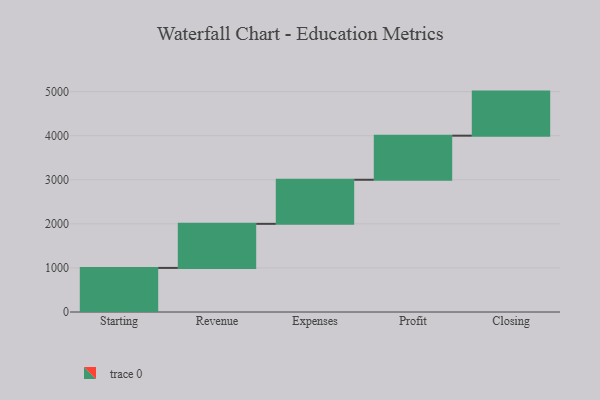
{"axis": {"x": "Step", "y": "Value"}, "legend": [""], "data": [{"x": "Starting", "y": 1000, "type": ""}, {"x": "Revenue", "y": 1000, "type": ""}, {"x": "Expenses", "y": 1000, "type": ""}, {"x": "Profit", "y": 1000, "type": ""}, {"x": "Closing", "y": 1000, "type": ""}]}